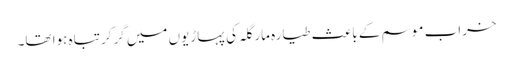
خراب موسم کے باعث طیارہ مارگلہ کی پہاڑیوں میں گرکر تباہ ہوا تھا۔